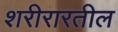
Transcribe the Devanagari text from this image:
शरीरारतील